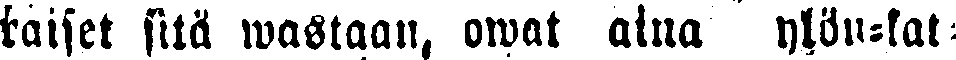
raiset sitä wastaan, owat aina ylön-kat: